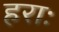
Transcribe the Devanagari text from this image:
हराः